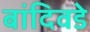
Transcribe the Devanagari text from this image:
बांदिवडे